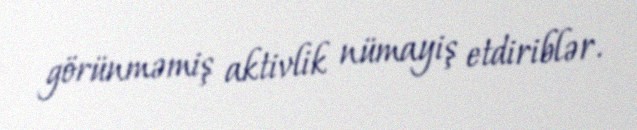
görünməmiş aktivlik nümayiş etdiriblər.